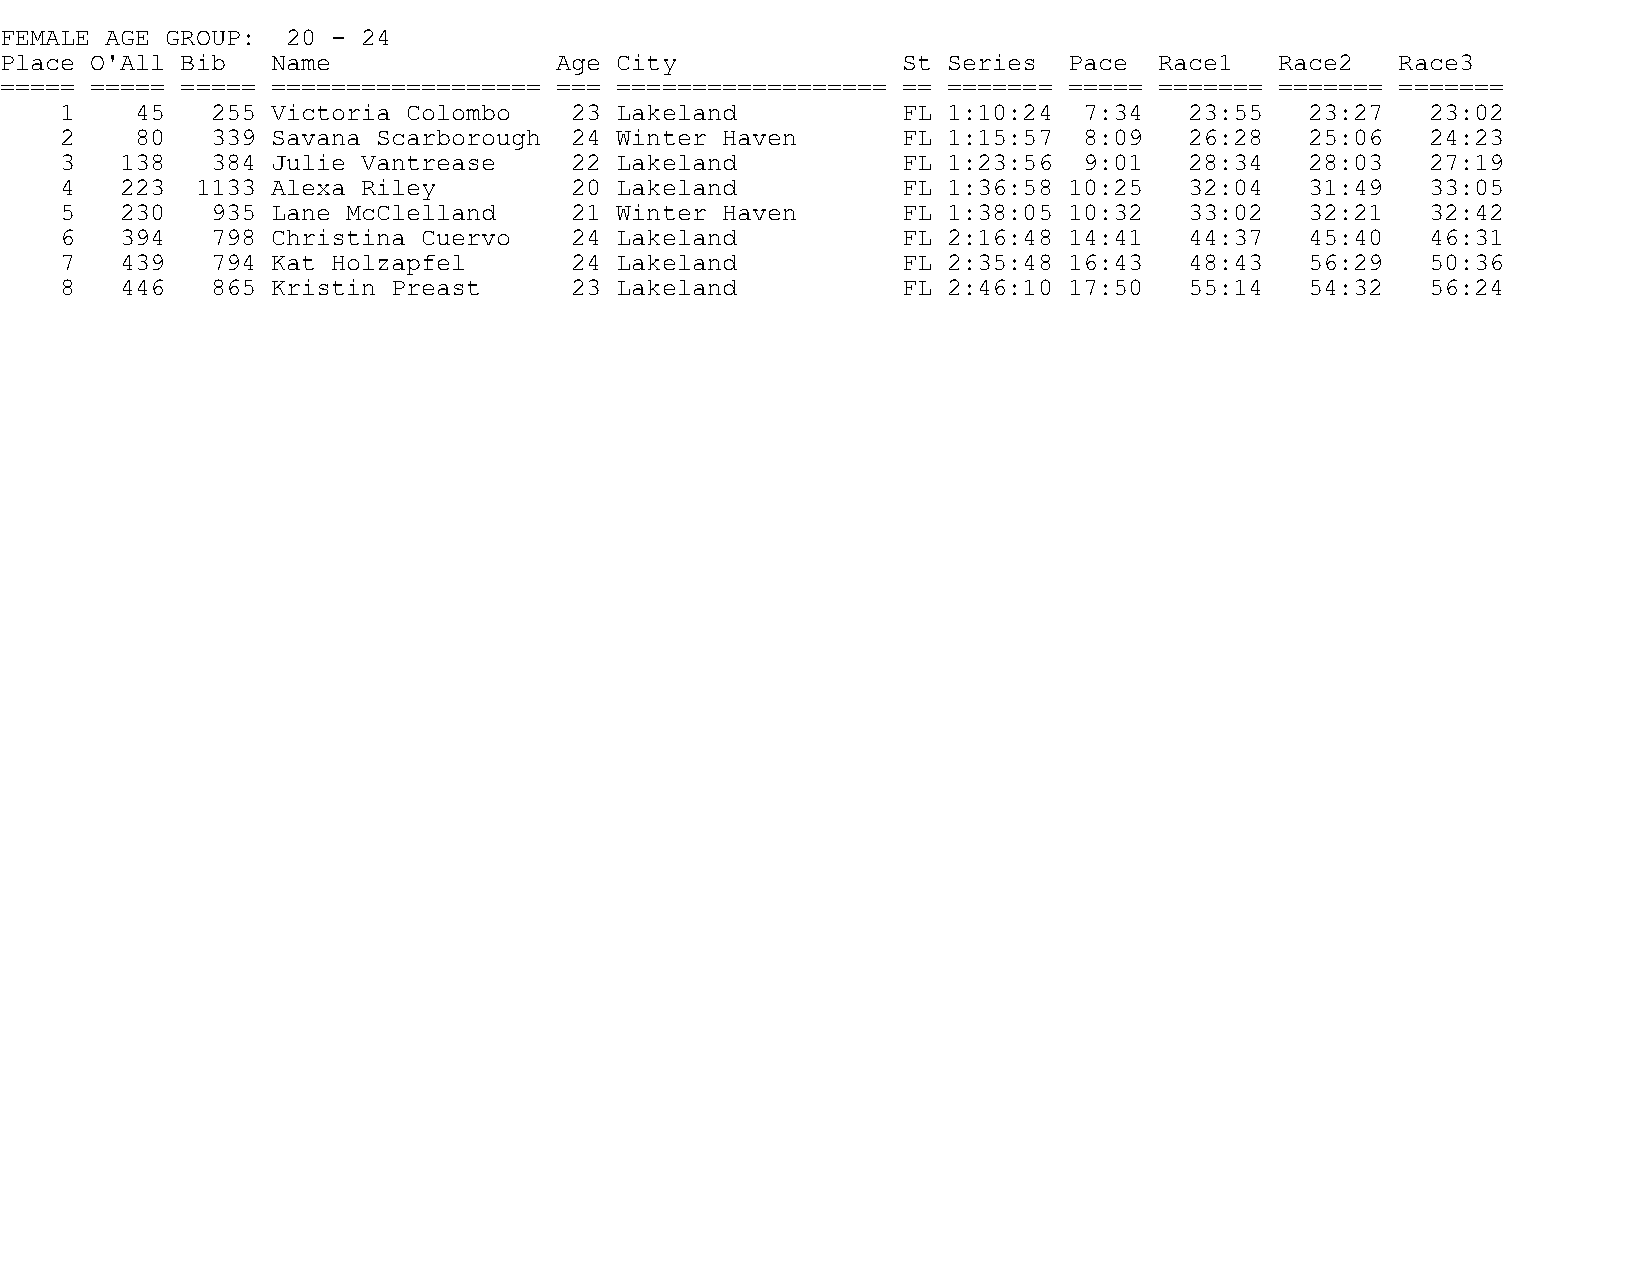
FEMALE AGE GROUP:  20 - 24
 Place O'All Bib   Name               Age City               St Series  Pace  Race1   Race2   Race3
 ===== ===== ===== ================== === ================== == ======= ===== ======= ======= =======
 1    45   255 Victoria Colombo    23 Lakeland           FL 1:10:24  7:34   23:55   23:27   23:02
 2    80   339 Savana Scarborough  24 Winter Haven       FL 1:15:57  8:09   26:28   25:06   24:23
 3   138   384 Julie Vantrease     22 Lakeland           FL 1:23:56  9:01   28:34   28:03   27:19
 4   223  1133 Alexa Riley         20 Lakeland           FL 1:36:58 10:25   32:04   31:49   33:05
 5   230   935 Lane McClelland     21 Winter Haven       FL 1:38:05 10:32   33:02   32:21   32:42
 6   394   798 Christina Cuervo    24 Lakeland           FL 2:16:48 14:41   44:37   45:40   46:31
 7   439   794 Kat Holzapfel       24 Lakeland           FL 2:35:48 16:43   48:43   56:29   50:36
 8   446   865 Kristin Preast      23 Lakeland           FL 2:46:10 17:50   55:14   54:32   56:24